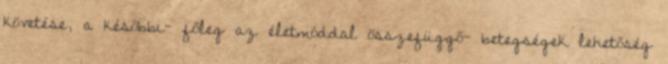
követése, a későbbi- főleg az életmóddal összefüggő- betegségek lehetőség